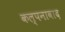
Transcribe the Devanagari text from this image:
कल्पनावाद